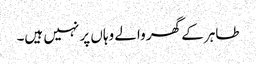
طاہر کے گھر والے وہاں پر نہیں ہیں۔